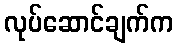
လုပ်ဆောင်ချက်က